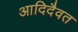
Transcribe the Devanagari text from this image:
आदिदैवत